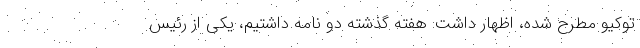
توکیو مطرح شده، اظهار داشت: هفته گذشته دو نامه داشتیم، یکی از رئیس